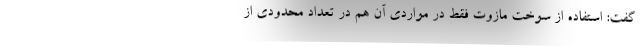
گفت: استفاده از سوخت مازوت فقط در مواردی آن هم در تعداد محدودی از